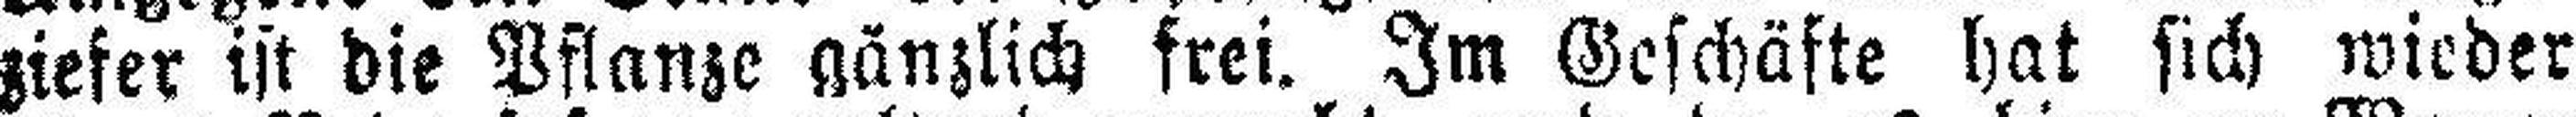
ziefer ist die Pflanze gänzlich frei. Im Geschäfte hat sich wieder